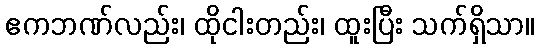
ဧကဘဏ်လည်း၊ ထိုငါးတည်း၊ ထူးပြီး သက်ရှိသာ။